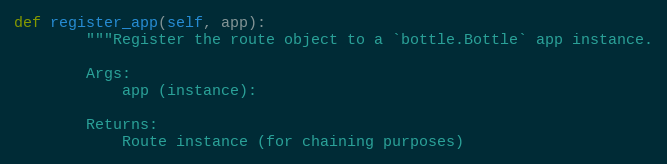
Language: Python
def register_app(self, app):
        """Register the route object to a `bottle.Bottle` app instance.

        Args:
            app (instance):

        Returns:
            Route instance (for chaining purposes)